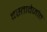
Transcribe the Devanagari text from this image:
दस्तावेजांत